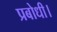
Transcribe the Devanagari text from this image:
प्रबोधी।